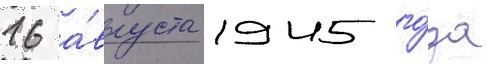
16 а́вгуста 1945 го́да